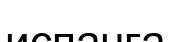
испанға